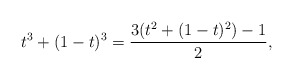
\begin{align*}t^3 + (1-t)^3 = \frac{3(t^2+(1-t)^2) - 1}{2},\end{align*}